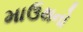
માઉથનો